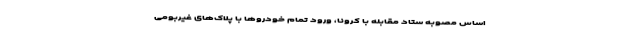
اساس مصوبه ستاد مقابله با کرونا، ورود تمام خودروها با پلاک‌های غیربومی